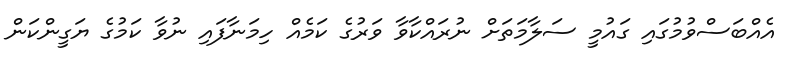
އެއްބަސްވުމުގައި ގައުމީ ސަލާމަތަށް ނުރައްކާވާ ވަރުގެ ކަމެއް ހިމަނާފައި ނުވާ ކަމުގެ ޔަގީންކަން